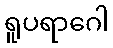
ရူပရာဂေါ